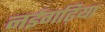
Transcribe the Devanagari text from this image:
नईगढ़िया